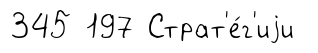
345 197 Страт'е́г'иjи